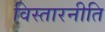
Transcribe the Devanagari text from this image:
विस्तारनीति